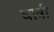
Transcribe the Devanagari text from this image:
घात्री